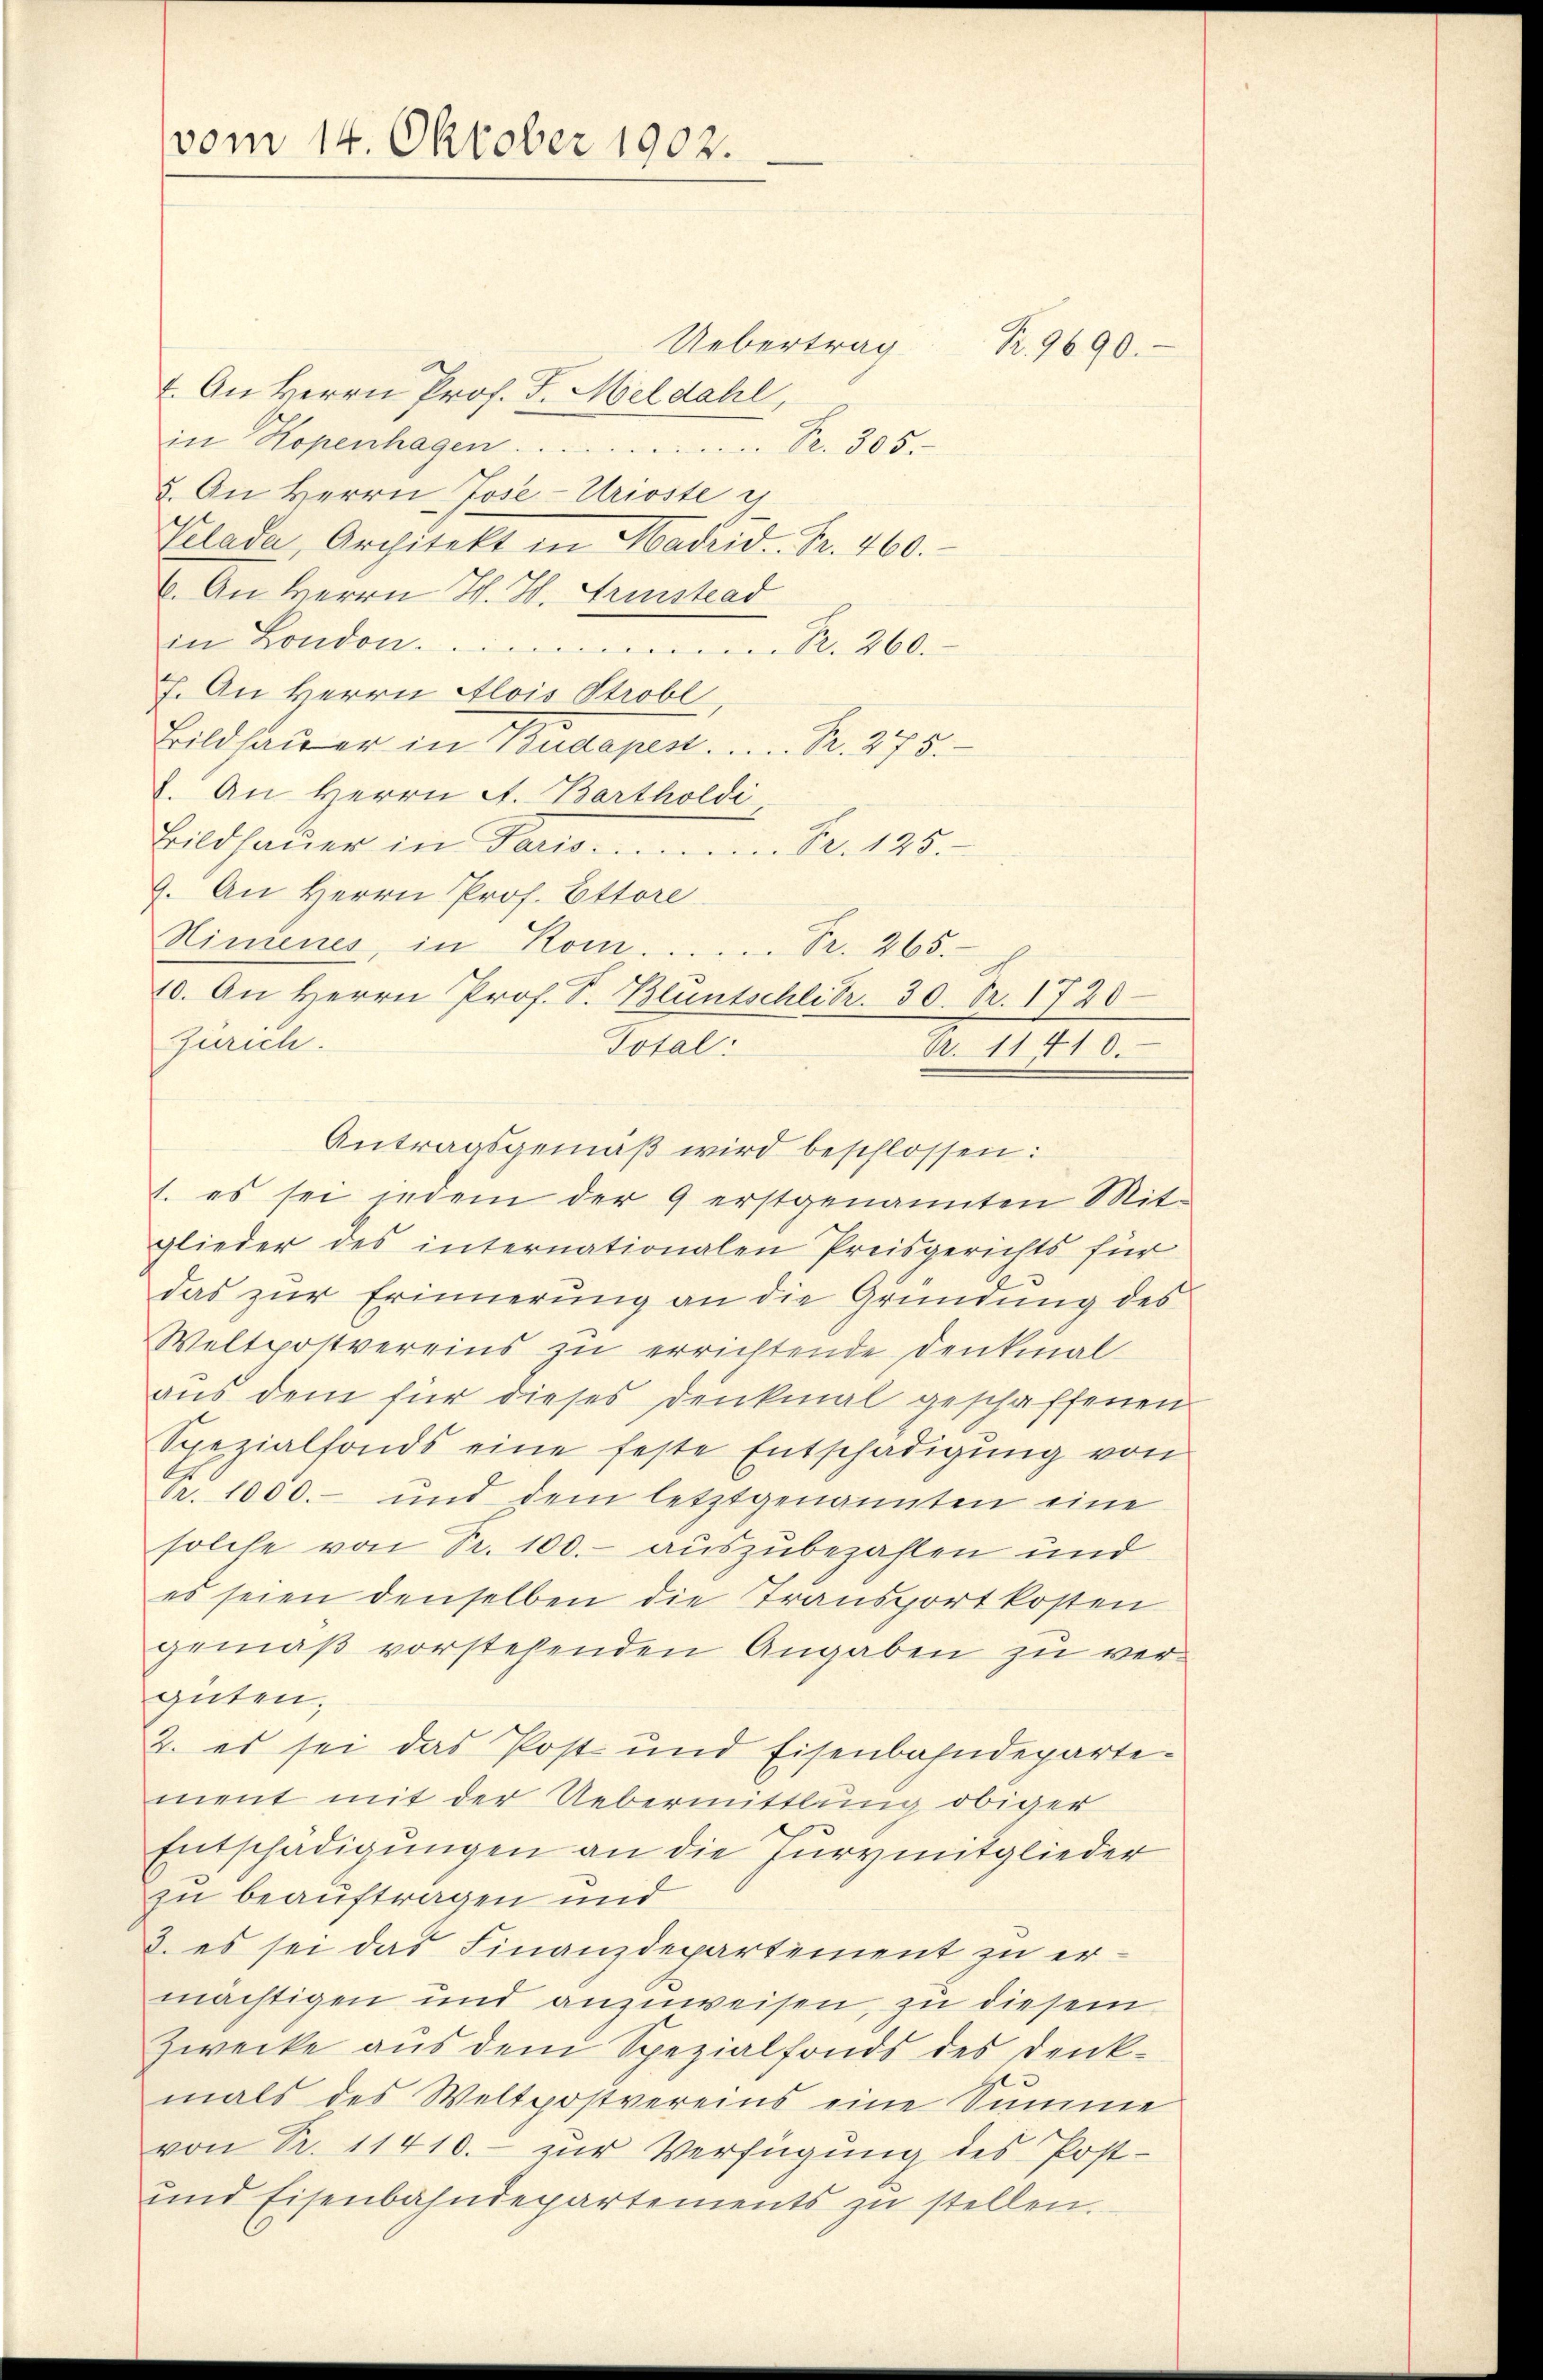
vom 14. Oktober 1902.

Uebertrag
1. An Herrn Prof. J. Meldahl,
in Kopenhagen . . . . . . . . . . Pr. 305.
5. An Herrn Jose-Urioste i
Telade, Architekt in Madrid. Fr. 460.
b. An Herrn H. H. Trinistrad
in London .......... R. 260.
7. An Herrn Alois Strobl
Bildsauer in Budapest . . . . 275.
8. An Herrn A. Bartholdi
Bildhaŭer in Pand....... Fr. 125.
9. An Herrn Prof. Ettore
Himenes, in Kom...... Pr. 265.
Zürich.
1. es sei indem der 9 erstgenannten Mit-
glieder des internationalen Preisgerichts für
das zur Erinnerung an die Gründung des
Weltpostvereins zu errichtende Denkmal
aus dem für dieses Denkmal geschaffenen
Spezialfonds eine feste Entschädigung von
Pr. 1000.- und dem letztgenannten eine
solche von Fr. 100.- auszubezahlen und
es seien denselben die Transportkosten
gemäß vorstehenden Angaben zu vergüten;
2. es sei das Post- und Eisenbahndepartement mit der Uebermittlung obiger
Entschädigungen an die Jurymitglieder
zu beauftragen und
2. es sei das Finanzdepartement zu ermächtigen und anzuweisen, zu diesem
Zwecke aus dem Spezialfonds des Denk-
mals des Weltpostvereins eine Summe
von Pr. 11410.- zŭr Verfügung des Post-
und Eisenbahndepartements zŭ stellen.

10. An Herrn Prof. S. Bluntschlebr. 30. Fr. 1720.

R. 9690.

Total:
Nr. 11416.
Antragsgemäß wird beschlossen: